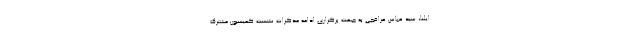
ایلنا، سید عباس عراقچی به جهت برگزاری ادامه مذکرات نشست کمیسیون مشترک